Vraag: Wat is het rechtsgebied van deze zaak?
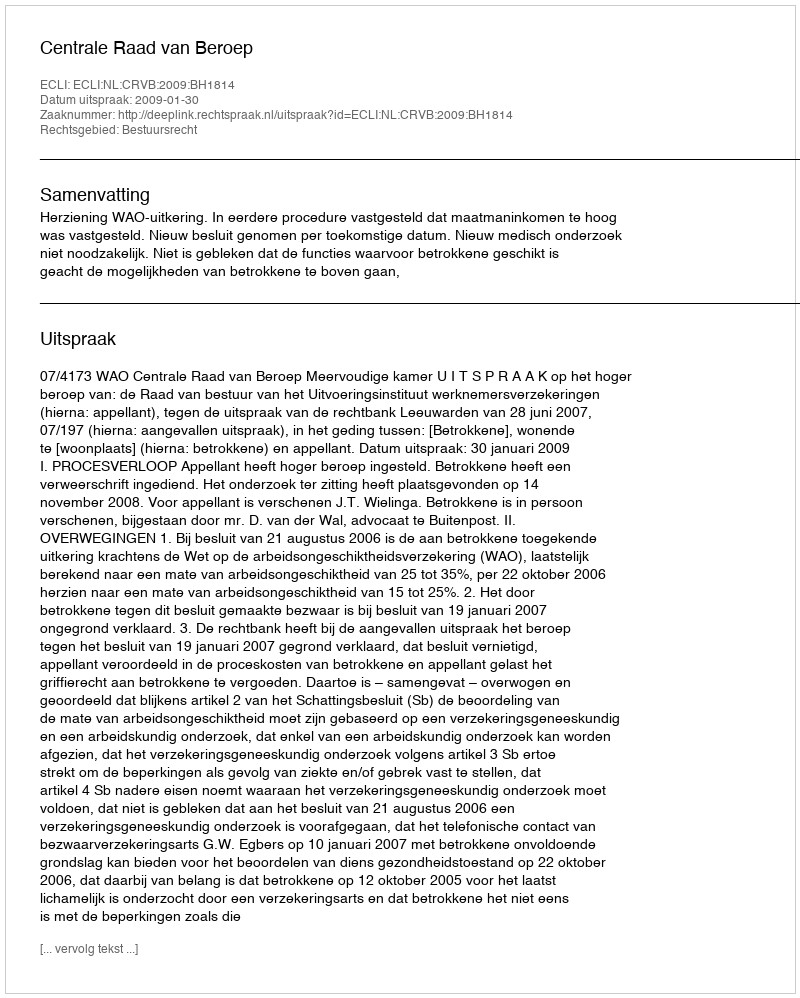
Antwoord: Bestuursrecht